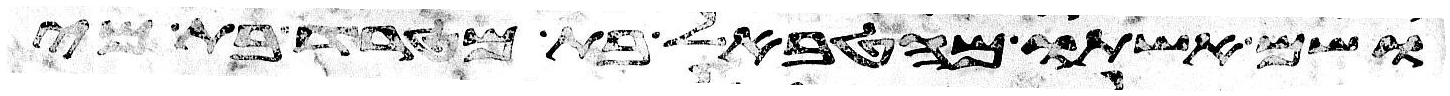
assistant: ושם אשתו מהטבאל בת מטרד בת מי